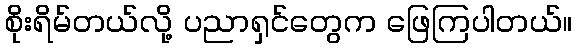
စိုးရိမ်တယ်လို့ ပညာရှင်တွေက ဖြေကြပါတယ်။